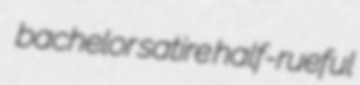
bachelor satire half-rueful